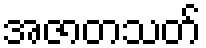
အဇာတသတ်